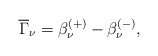
\begin{align*}\overline{\Gamma} _\nu =\beta _\nu ^{(+)}-\beta _\nu ^{(-)} , \end{align*}